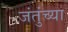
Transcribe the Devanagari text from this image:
जंतुंच्या